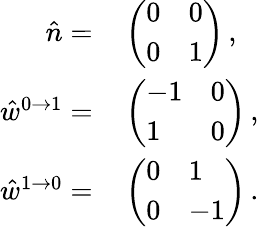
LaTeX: \begin{array}{rl}{\hat{n}=}&{{}\left(\begin{array}{ll}{0}&{0}\\ {0}&{1}\end{array}\right)\, ,}\\ {\hat{w}^{0\to 1}=}&{{}\left(\begin{array}{ll}{-1}&{0}\\ {1}&{0}\end{array}\right)\, ,}\\ {\hat{w}^{1\to 0}=}&{{}\left(\begin{array}{ll}{0}&{1}\\ {0}&{-1}\end{array}\right)\, .}\end{array}